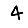
Digit: 4